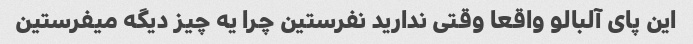
این پای آلبالو واقعا وقتی ندارید نفرستین چرا یه چیز دیگه میفرستین